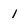
Character: 1